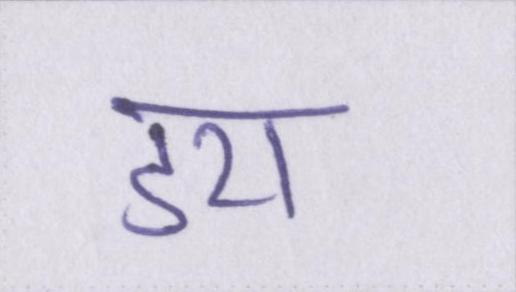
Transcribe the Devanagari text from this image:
डरा